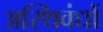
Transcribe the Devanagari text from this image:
अस्थिवंधों